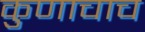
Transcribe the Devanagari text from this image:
कुणाचाच